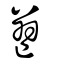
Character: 篹